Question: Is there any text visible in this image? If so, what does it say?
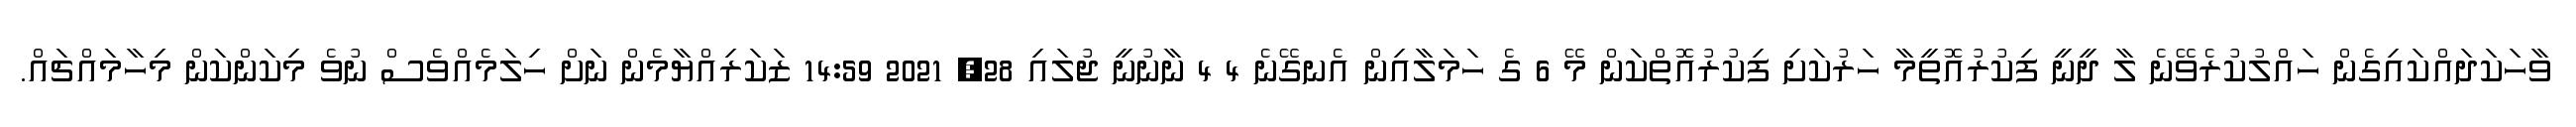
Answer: ވާހަކަދައްކައިގެން ހައްލުކުރެވޭނެ ލާ ދީނީ ފިކުރުއޮތީމާ ހަރުކަށި ފިކުރުއޮތްކަން މޭ 6 ގެ ހަމަލާއިން އެނގޭނެ 4 4 ނާނުނީ ޖުލައި 28, 2021 14:59 ޒަކަރިއްޔާމެން ނަށް ހިލަމެއްވެސް ނުވެ މިކަންކަން މިހާމައްޗައް.